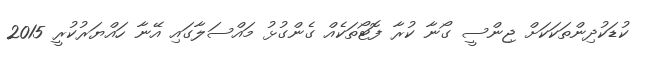
ކުޑަކުދިންތަކަކަށް ޖިންސީ ގޯނާ ކުރާ ފޮޓޯތަކެއް ގެންގުޅު މައްސަލާގައި އޭނާ ހައްޔަރުކުރީ 2015